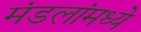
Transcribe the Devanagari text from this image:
मंडलांमध्ये